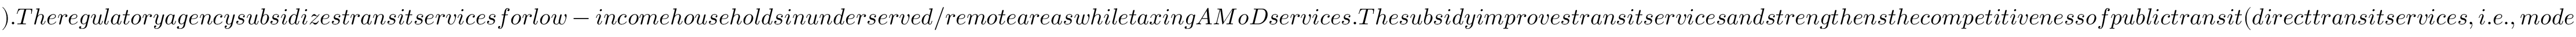
) . T h e r e g u l a t o r y a g e n c y s u b s i d i z e s t r a n s i t s e r v i c e s f o r l o w - i n c o m e h o u s e h o l d s i n u n d e r s e r v e d / r e m o t e a r e a s w h i l e t a x i n g A M o D s e r v i c e s . T h e s u b s i d y i m p r o v e s t r a n s i t s e r v i c e s a n d s t r e n g t h e n s t h e c o m p e t i t i v e n e s s o f p u b l i c t r a n s i t ( d i r e c t t r a n s i t s e r v i c e s , i . e . , m o d e